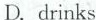
D. drinks